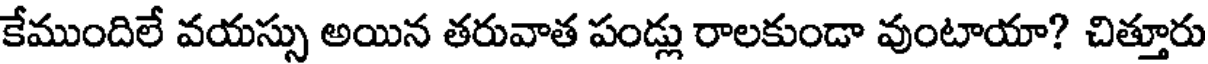
కేముందిలే వయస్సు అయిన తరువాత పండ్లు రాలకుండా వుంటాయా? చిత్తూరు